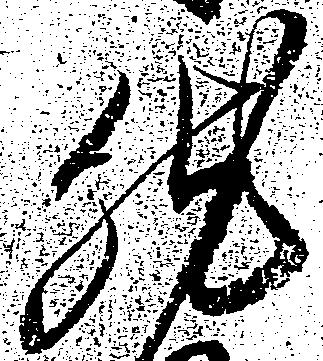
然